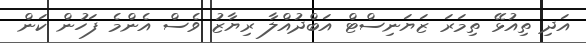
އަދި ތިއުޅޭ ތިމަރަ ޒަޔަނިސްޓް އަބްދުއްލާ ރިޔާޒު ވެސް އެންމެ ފަހުން ކަން